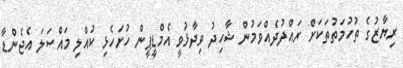
ރިޔާޒުގެ ތުހުމަތުތަކަށް ރައްދުދެއްވަމުން ޝާހިދު ވިދާޅުވީ އެމްޑީޕީން ހުށަހެޅި ކުއްލި މައްސަލަ އެޖެންޑާ